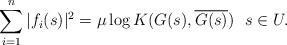
LaTeX: \begin{align*}\sum_{i=1}^n |f_i(s)|^2 = \mu \log K(G(s),\overline{G(s)}) ~~s \in U.\end{align*}